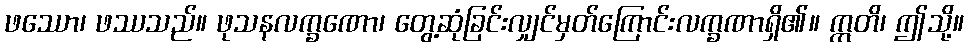
ဖဿော၊ ဖဿသည်။ ဖုသနလက္ခဏော၊ တွေ့ဆုံခြင်းလျှင်မှတ်ကြောင်းလက္ခဏာရှိ၏။ ဣတိ၊ ဤသို့။